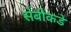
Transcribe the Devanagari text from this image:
सेबीकडे